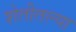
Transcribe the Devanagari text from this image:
शेतीतल्या